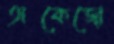
অকেজো